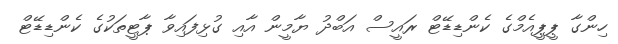
ހިންގާ ޕީޕީއެމްގެ ކެންޑިޑޭޓް ރައީސް އަބްދު ޔާމީން އާއި ގުޅިފައިވާ ޕާޓީތަކުގެ ކެންޑިޑޭޓް